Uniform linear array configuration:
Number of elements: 12
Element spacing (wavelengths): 0.5
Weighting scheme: cosine
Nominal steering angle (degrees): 30
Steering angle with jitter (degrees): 29.135
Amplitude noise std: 0.05
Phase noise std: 0.05

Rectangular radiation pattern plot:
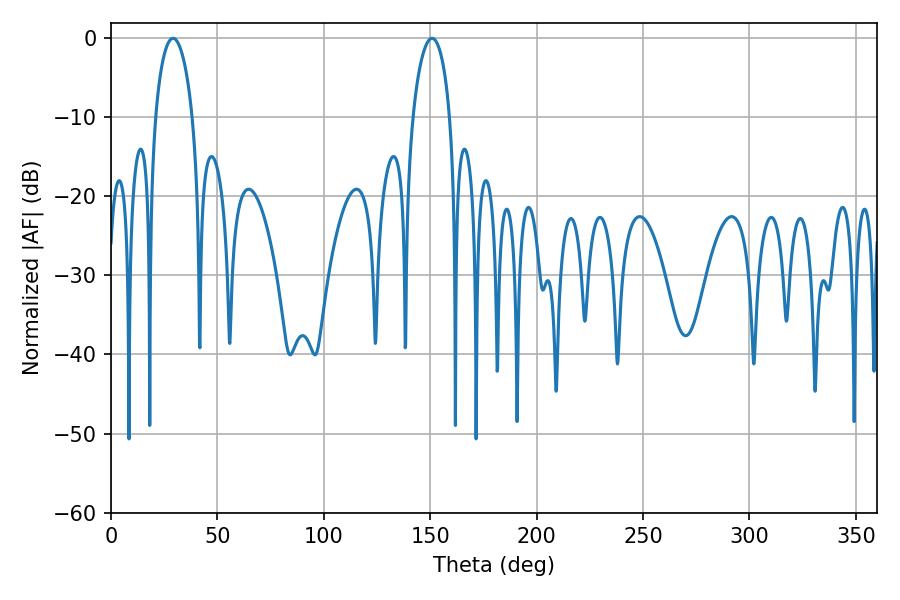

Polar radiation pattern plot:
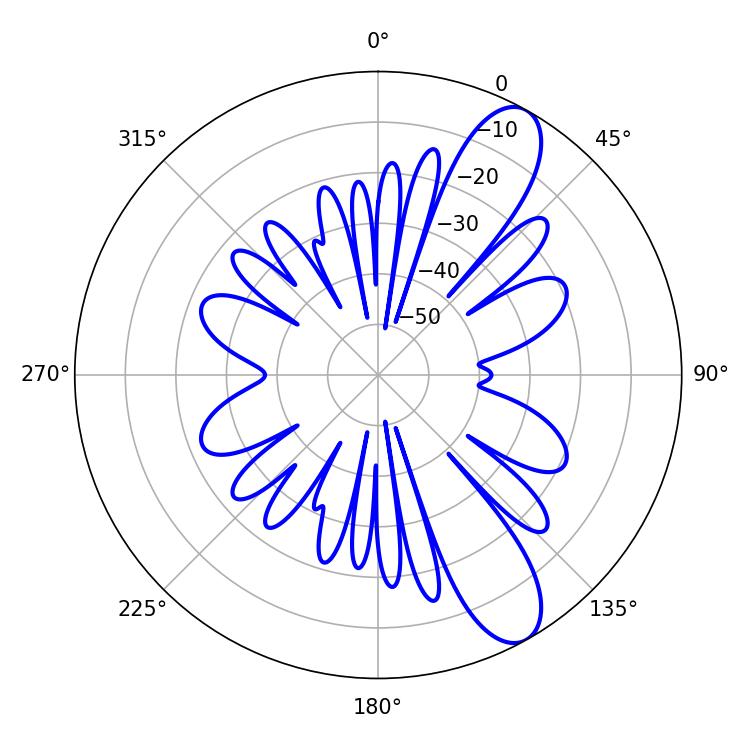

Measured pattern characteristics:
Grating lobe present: FALSE
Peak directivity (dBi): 10.344
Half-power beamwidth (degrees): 9.9
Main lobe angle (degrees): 29.16